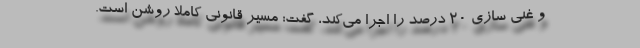
و غنی سازی ۲۰ درصد را اجرا می‌کند، گفت: مسیر قانونی کاملاً روشن است.